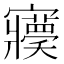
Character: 𡬊